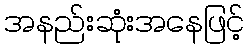
အနည်းဆုံးအနေဖြင့်